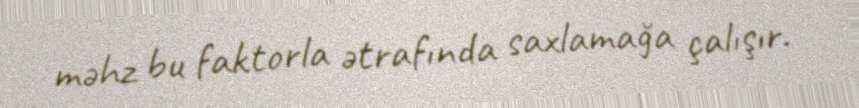
məhz bu faktorla ətrafında saxlamağa çalışır.